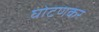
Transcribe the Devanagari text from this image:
घोटणकर